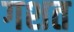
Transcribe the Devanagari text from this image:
गशत